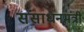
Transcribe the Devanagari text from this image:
संसाधनमंत्री